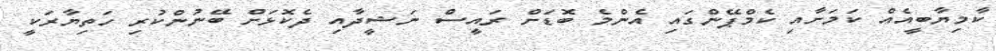
ކާމިޔާބީއެއް ކަމަށާއި ކެމްޕޭންގައި އެންމެ ބޮޑަށް ރައީސް ނަޝީދާއި ދެކޮޅަށް ބޭނުންކުރި ހަތިޔާރަކީ